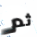
ثم